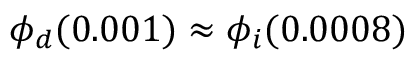
\phi _ { d } ( 0 . 0 0 1 ) \approx \phi _ { i } ( 0 . 0 0 0 8 )